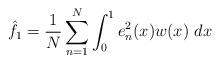
LaTeX: \begin{align*}\hat{f}_1 = \frac{1}{N} \sum_{n=1}^{N} \int_0^1 e^2_n(x) w(x) \ dx\end{align*}